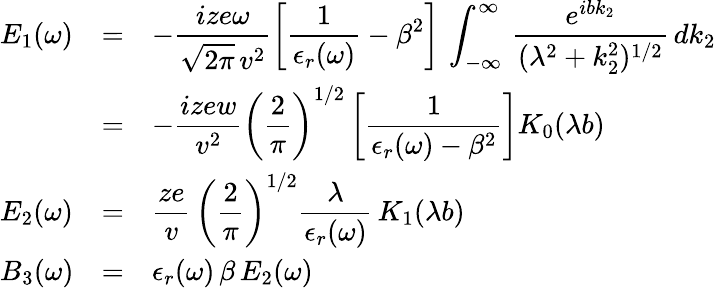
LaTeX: \begin{array}{lcl}{\displaystyle E_{1}(\omega)}&{=}&{\displaystyle-\frac{ize\omega}{\sqrt{2\pi}\, v^{2}}\left[\frac{1}{\epsilon_{r}(\omega)}-\beta^{2}\right]\, \int_{-\infty}^{\infty}\! \, \, \frac{e^{ibk_{2}}}{(\lambda^{2}+k_{2}^{2})^{1/2}}\, dk_{2}}\\ {\displaystyle}&{=}&{\displaystyle-\frac{izew}{v^{2}}\left(\frac{2}{\pi}\right)^{1/2}\left[\frac{1}{\epsilon_{r}(\omega)-\beta^{2}}\right]K_{0}(\lambda b)}\\ {\displaystyle E_{2}(\omega)}&{=}&{\displaystyle\frac{ze}{v}\, \left(\frac{2}{\pi}\right)^{1/2}\frac{\lambda}{\epsilon_{r}(\omega)}\, K_{1}(\lambda b)}\\ {\displaystyle B_{3}(\omega)}&{=}&{\displaystyle\epsilon_{r}(\omega)\, \beta\, E_{2}(\omega)}\end{array}